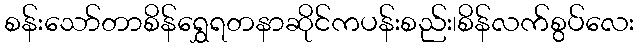
စန်းသော်တာစိန်ရွှေရတနာဆိုင်ကပန်းစည်း၊စိန်လက်စွပ်လေး